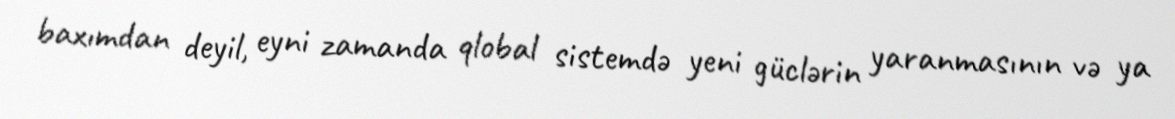
baxımdan deyil, eyni zamanda qlobal sistemdə yeni güclərin yaranmasının və ya